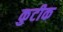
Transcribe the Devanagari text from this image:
कुटीक